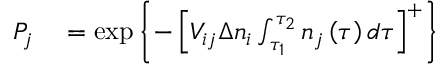
\begin{array} { r l } { P _ { j } } & { { } = \exp \left\{ - \left[ V _ { i j } \Delta n _ { i } \int _ { \tau _ { 1 } } ^ { \tau _ { 2 } } n _ { j } \left( \tau \right) d \tau \right] ^ { + } \right\} } \end{array}